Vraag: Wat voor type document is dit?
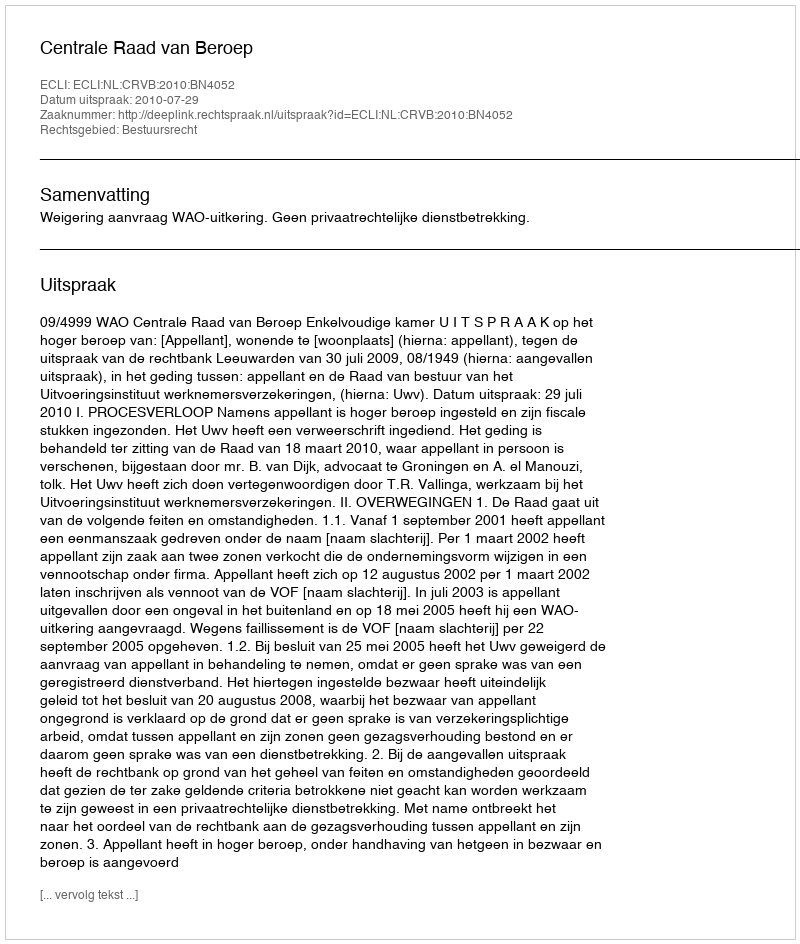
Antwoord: Uitspraak